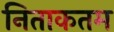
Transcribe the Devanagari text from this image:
निताकतम